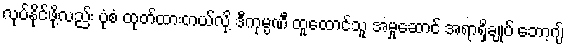
လုပ်နိုင်ဖို့လည်း ပုံစံ ထုတ်ထားတယ်လို့ ဒီကုမ္ပဏီ ထူထောင်သူ အမှုဆောင် အရာရှိချုပ် ဘော့ဂျ်